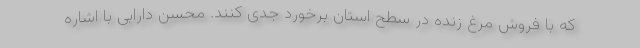
که با فروش مرغ زنده در سطح استان برخورد جدی کنند. محسن دارابی با اشاره